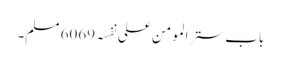
باب ستر المومن علی نفسہ 6069 مسلم۔